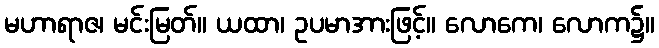
မဟာရာဇ၊ မင်းမြတ်။ ယထာ၊ ဥပမာအားဖြင့်။ လောကေ၊ လောက၌။